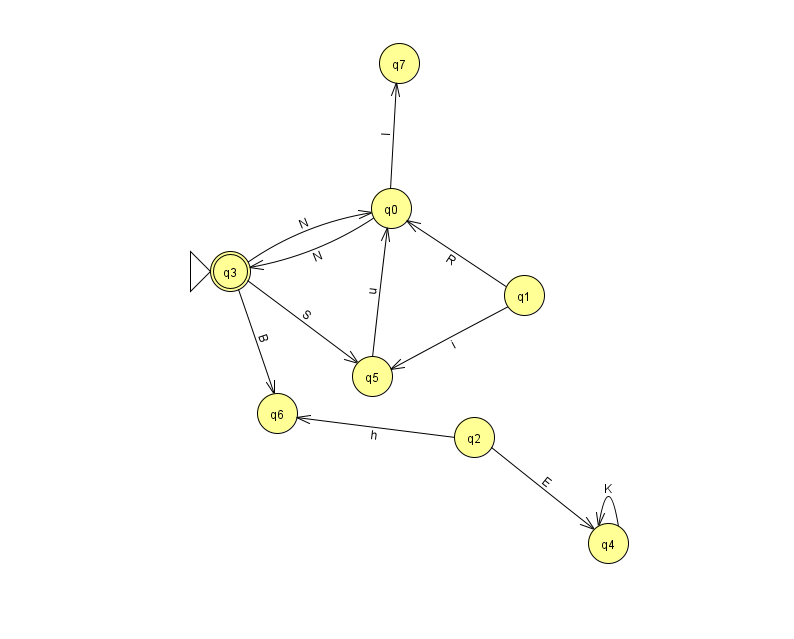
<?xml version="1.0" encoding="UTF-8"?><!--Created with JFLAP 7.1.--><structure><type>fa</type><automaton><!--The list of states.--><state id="0" name="q0"><x>391.0</x><y>195.0</y></state><state id="1" name="q1"><x>524.0</x><y>282.0</y></state><state id="2" name="q2"><x>474.0</x><y>424.0</y></state><state id="3" name="q3"><x>230.0</x><y>258.0</y><initial/><final/></state><state id="4" name="q4"><x>608.0</x><y>530.0</y></state><state id="5" name="q5"><x>372.0</x><y>363.0</y></state><state id="6" name="q6"><x>277.0</x><y>400.0</y></state><state id="7" name="q7"><x>399.0</x><y>50.0</y></state><!--The list of transitions.--><transition><from>0</from><to>3</to><read>N</read></transition><transition><from>3</from><to>0</to><read>N</read></transition><transition><from>3</from><to>5</to><read>S</read></transition><transition><from>1</from><to>5</to><read>i</read></transition><transition><from>2</from><to>4</to><read>E</read></transition><transition><from>4</from><to>4</to><read>K</read></transition><transition><from>5</from><to>0</to><read>u</read></transition><transition><from>0</from><to>7</to><read>l</read></transition><transition><from>3</from><to>6</to><read>B</read></transition><transition><from>2</from><to>6</to><read>h</read></transition><transition><from>1</from><to>0</to><read>R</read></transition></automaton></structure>